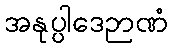
အနုပ္ပါဒေဉာဏံ